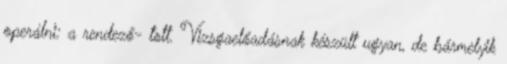
operálni: a rendező- tott. Vizsgaelőadásnak készült ugyan, de bármelyik